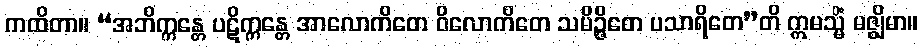
ကထိတာ။ “အဘိက္ကန္တေ ပဋိက္ကန္တေ အာလောကိတေ ဝိလောကိတေ သမိဉ္ဇိတေ ပသာရိတေ”တိ ဣမသ္မိံ မဇ္ဈိမာ။